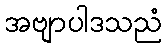
အဗျာပါဒသညံ